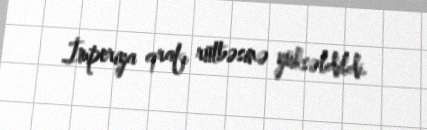
İmperiya qrafı rütbəsinə yüksəldildi.